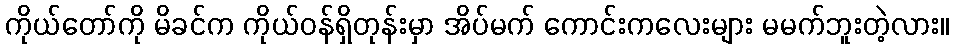
ကိုယ်တော်ကို မိခင်က ကိုယ်ဝန်ရှိတုန်းမှာ အိပ်မက် ကောင်းကလေးများ မမက်ဘူးတဲ့လား။